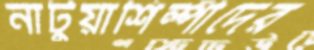
নাটুয়াশিল্পীদের